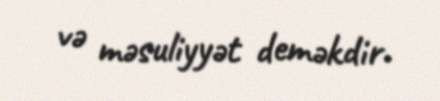
və məsuliyyət deməkdir.